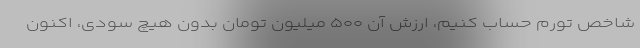
شاخص تورم حساب کنیم، ارزش آن ۵۰۰ میلیون تومان بدون هیچ سودی، اکنون